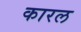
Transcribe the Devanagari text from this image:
कारल